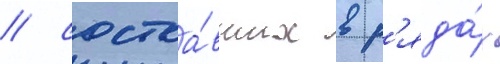
/ состоа́вших в р'яда́х